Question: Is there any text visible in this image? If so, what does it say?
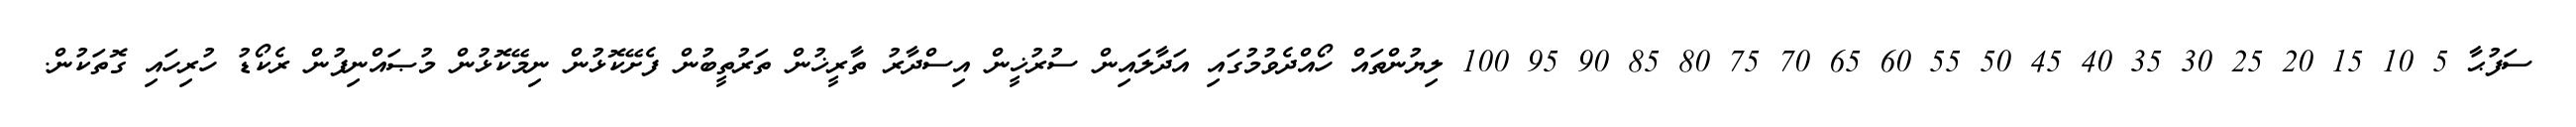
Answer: ސަފުޙާ 5 10 15 20 25 30 35 40 45 50 55 60 65 70 75 80 85 90 95 100 ލިޔުންތައް ހޯއްދެވުމުގައި އަދާލައިން ސުރުޚީން އިސްދާރު ތާރީޚުން ތަރުތީބުން ފެށޭކޮޅުން ނިމޭކޮޅުން މުޞައްނިފުން ރެކޯޑު ހުރިހައި ގޮތަކުން.